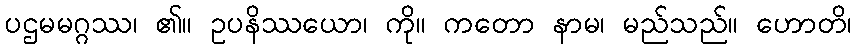
ပဌမမဂ္ဂဿ၊ ၏။ ဥပနိဿယော၊ ကို။ ကတော နာမ၊ မည်သည်။ ဟောတိ၊